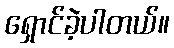
ရှောင်ခဲ့ပါတယ်။